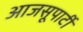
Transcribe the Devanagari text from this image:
आजसूपार्टी